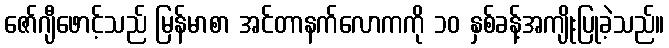
ဇော်ဂျီဖောင့်သည် မြန်မာစာ အင်တာနက်လောကကို ၁၀ နှစ်ခန့်အကျိုးပြုခဲ့သည်။